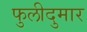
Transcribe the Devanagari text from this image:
फुलीदुमार